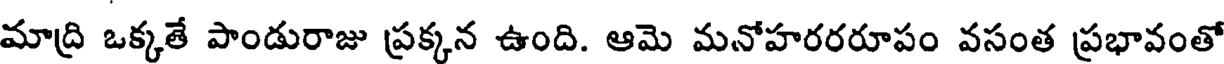
మాద్రి ఒక్కతే పాండురాజు ప్రక్కన ఉంది. ఆమె మనోహరరరూపం వసంత ప్రభావంతో